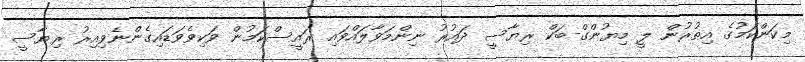
މިކަންކަމުގެ އިތުރުން ލީ މިޔުންގް-ބަކް ރިޔާސީ ދައުރު ނިންމަވާލައްވައި ރައީސްކަމުން ވަކިވެވަޑައިގެންނެވިއިރު ރިޔާސީ